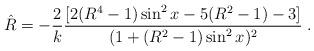
LaTeX: \begin{align*}{\hat R}=-{2\over k}{[2(R^{4}-1)\sin^2 x-5(R^2-1)-3 ] \over (1+(R^2-1)\sin^2 x)^2} \; .\end{align*}